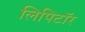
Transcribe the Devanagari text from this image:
लिपिटॉर